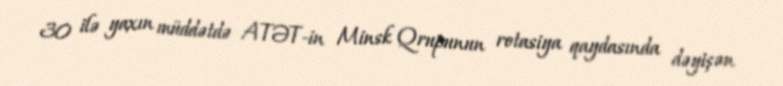
30 ilə yaxın müddətdə ATƏT-in Minsk Qrupunun rotasiya qaydasında dəyişən